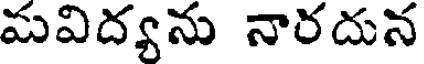
మవిద్యను నారదున